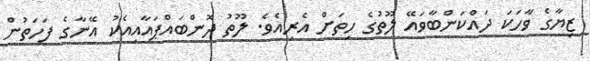
ޒިޔާގެ ވާހަކަ ދައްކަންބާވައޭ ލޫތުގެ ހިތަށް އެރިއެވެ. ލޫތު ދޮންބައްޕައާއިއެކު އޭނާގެ ފަހަތުން